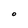
Character: O